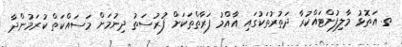
ތ. އަތޮޅު މާލިފުށްޓައްކުރާ ދަތުރުތަކުގައި އާއްމު ފަރާތްތަކަށް ފުރުސަތު ދިނުމަށް މަސައްކަތް ކުރަމުންދާ